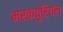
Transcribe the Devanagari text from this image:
मर्क्युरियल